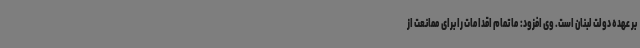
بر عهده دولت لبنان است. وی افزود: ما تمام اقدامات را برای ممانعت از